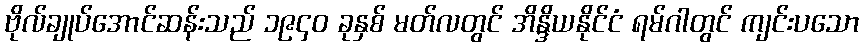
ဗိုလ်ချုပ်အောင်ဆန်းသည် ၁၉၄၀ ခုနှစ် မတ်လတွင် အိန္ဒိယနိုင်ငံ ရမ်ဂါတွင် ကျင်းပသော